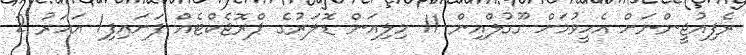
ރެފިއުޖީންނަށް އެހީވުމަށް ގޫގުލްއިން 11 މިލިއަން ޑޮލަރުގެ ޕްރޮޖެކްޓެއް ފަށައިފި1 އަހަރު 2